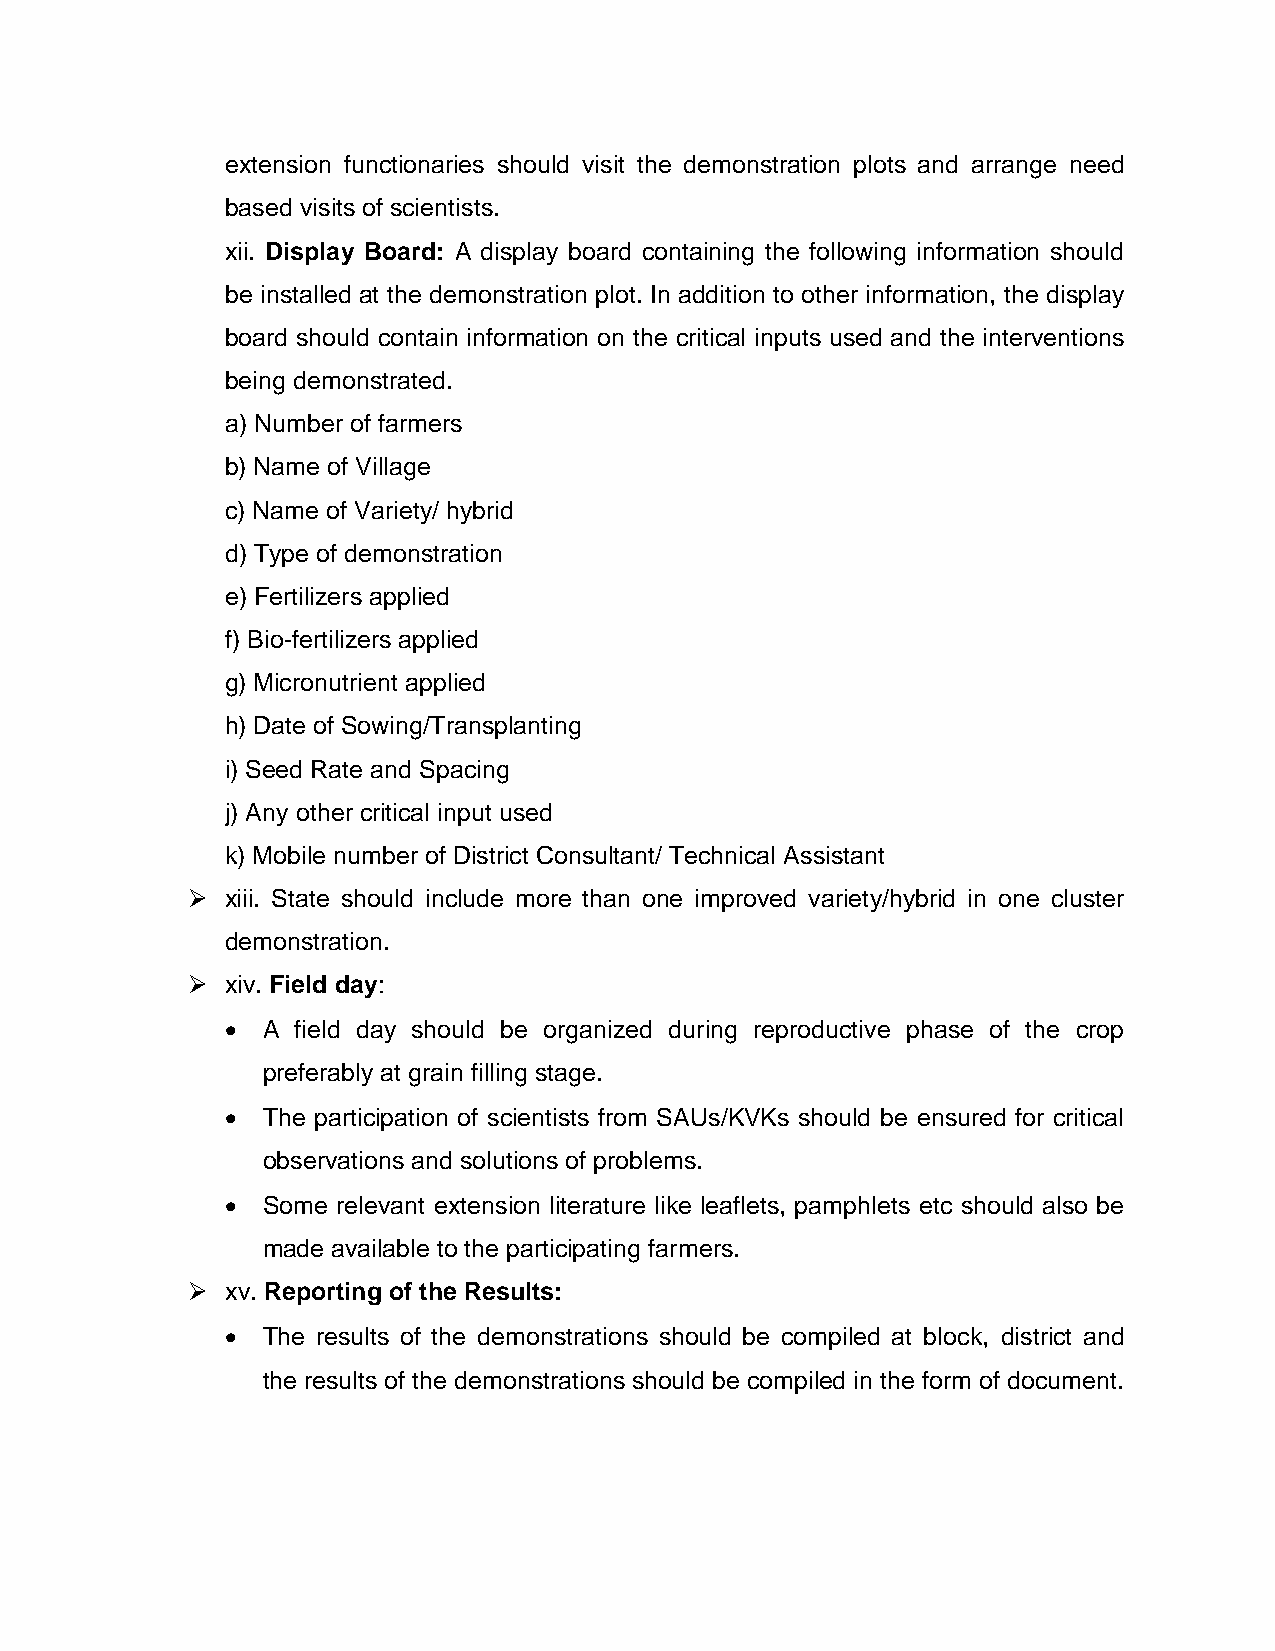
extension functionaries should visit the demonstration plots and arrange need
 based visits of scientists.
 xii. Display Board: A display board containing the following information should
 be installed at the demonstration plot. In addition to other information, the display
 board should contain information on the critical inputs used and the interventions
 being demonstrated.
 a) Number of farmers
 b) Name of Village
 c) Name of Variety/ hybrid
 d) Type of demonstration
 e) Fertilizers applied
 f) Bio-fertilizers applied
 g) Micronutrient applied
 h) Date of Sowing/Transplanting
 i) Seed Rate and Spacing
 j) Any other critical input used
 k) Mobile number of District Consultant/ Technical Assistant
   xiii. State should include more than one improved variety/hybrid in one cluster
 demonstration.
   xiv. Field day:
  A field day should be organized during reproductive phase of the crop
 preferably at grain filling stage.
  The participation of scientists from SAUs/KVKs should be ensured for critical
 observations and solutions of problems.
  Some relevant extension literature like leaflets, pamphlets etc should also be
 made available to the participating farmers.
   xv. Reporting of the Results:
  The results of the demonstrations should be compiled at block, district and
 the results of the demonstrations should be compiled in the form of document.